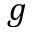
g